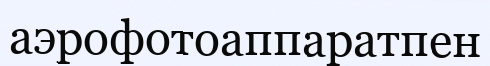
аэрофотоаппаратпен